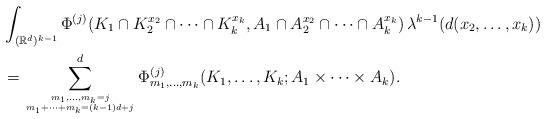
LaTeX: \begin{align*}& \int_{({\mathbb R}^d)^{k-1}}\Phi^{(j)}(K_1\cap K_2^{x_2}\cap \dots \cap K_k^{x_k},A_1\cap A_2^{x_2}\cap \dots \cap A_k^{x_k})\, \lambda^{k-1} (d(x_2,\dots ,x_k)) \\& = \sum_{{m_1,\dots,m_k=j}\atop{m_1+\dots +m_k=(k-1)d+j}}^d\Phi^{(j)}_{m_1,\dots,m_k}(K_1,\dots,K_k;A_1\times \dots \times A_k).\end{align*}